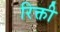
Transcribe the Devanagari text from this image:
रिक्ती